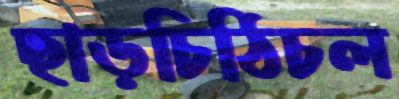
ছাড়চিঠিচল